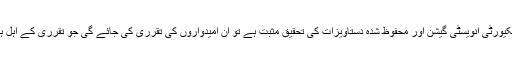
سیکیورٹی انویسٹی گیشن اور محفوظ شدہ دستاویزات کی تحقیق مثبت ہے تو ان امیدواروں کی تقرری کی جائے گی جو تقرری کے اہل ہیں۔